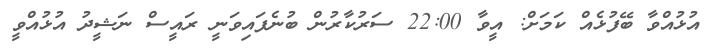
އުޅުއްވާ ބޭފުޅެއް ކަމަށް: އީވާ 22:00 ސަރުކާރުން ބުނެފައިވަނީ ރައީސް ނަޝީދު އުޅުއްވީ